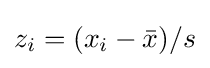
z_{i}=(x_{i}-{\bar {x}})/s